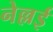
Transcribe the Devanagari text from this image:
नेल्लई